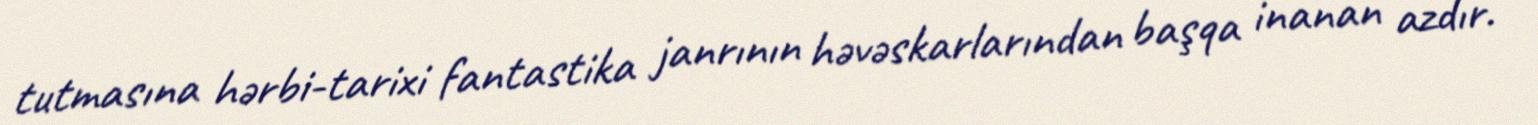
tutmasına hərbi-tarixi fantastika janrının həvəskarlarından başqa inanan azdır.